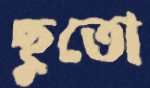
ছুতো